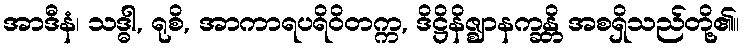
အာဒီနံ၊ သဒ္ဓါ, ရုစိ, အာကာရပရိဝိတက္က, ဒိဋ္ဌိနိဇ္ဈာနက္ခန္တိ အစရှိသည်တို့၏။